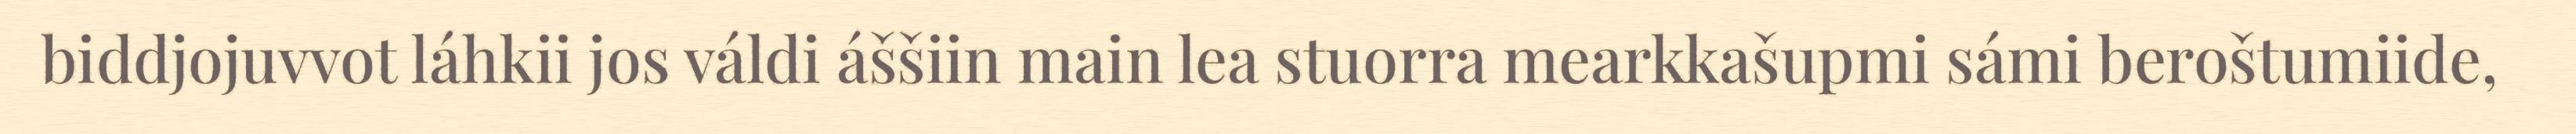
biddjojuvvot láhkii jos váldi áššiin main lea stuorra mearkkašupmi sámi beroštumiide,